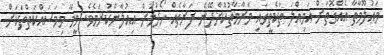
މަޢުލޫމާތާ އެއްގޮތަށް އަމިއްލަ ތަކެތީގައި މަރާމާތުކޮށްދޭނެ ފަރާތެއް ހޯދުމަށް އިއުލާންކުރަމެވެ. ވީމާ މިމަސައްކަތްތަކަށް